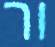
ור